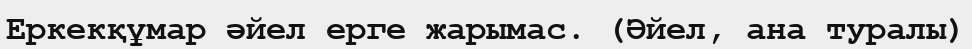
Еркекқұмар әйел ерге жарымас. (Әйел, ана туралы)